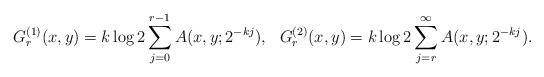
LaTeX: \begin{align*} G^{(1)}_r (x,y) = k \log 2 \sum_{j=0}^{r-1} A(x,y; 2^{-kj}), \ \ G^{(2)}_r (x,y) = k \log 2 \sum_{j=r}^\infty A(x,y; 2^{-kj} ).\end{align*}